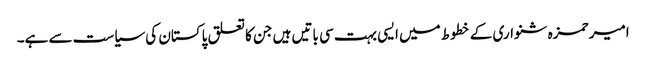
امیر حمزہ شنواری کے خطوط میں ایسی بہت سی باتیں ہیں جن کا تعلق پاکستان کی سیاست سے ہے۔